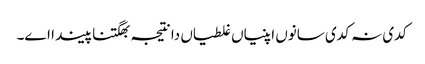
‏ کدی نہ کدی سانوں اپنیاں غلطیاں دا نتیجہ بھگتنا پیندا اے۔